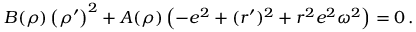
B ( \rho ) \left( \rho ^ { \prime } \right) ^ { 2 } + A ( \rho ) \left( - e ^ { 2 } + ( r ^ { \prime } ) ^ { 2 } + r ^ { 2 } e ^ { 2 } \omega ^ { 2 } \right) = 0 \, .